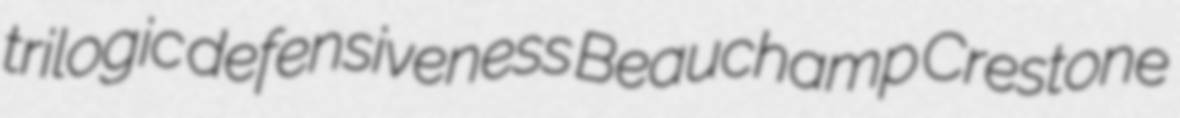
trilogic defensiveness Beauchamp Crestone